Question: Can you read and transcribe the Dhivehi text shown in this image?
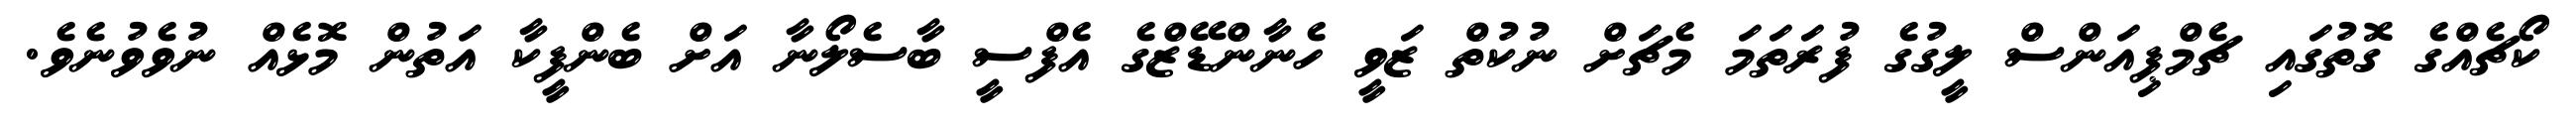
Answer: ކޯޗެއްގެ ގޮތުގައި ޗެމްޕިއަންސް ލީގުގެ ފުރަތަމަ މެޗަށް ނުކުތް ޒަވީ ހެނާންޑޭޒްގެ އެފްސީ ބާސެލޯނާ އަށް ބެންފީކާ އަތުން މޮޅެއް ނުވެވުނެވެ.